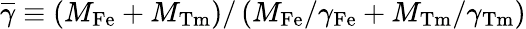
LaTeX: \overline{\gamma}\equiv\left(M_{\mathrm{Fe}}+M_{\mathrm{Tm}}\right)/\left(M_{\mathrm{Fe}}/\gamma_{\mathrm{Fe}}+M_{\mathrm{Tm}}/\gamma_{\mathrm{Tm}}\right)